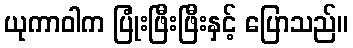
ယုကာဝါက ပြုံးဖြီးဖြီးနှင့် ပြောသည်။